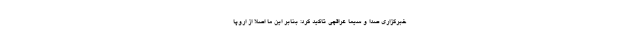
خبرگزاری صدا و سیما عراقچی تاکید کرد: بنابر این ما اصلا از اروپا